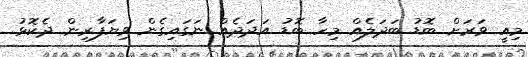
މިއީ ވަރަށް ބޮޑު ބަދަލެއް މިހާ ބޮޑު އަދަދެއް ނަގައިގެން ވިޔަފާރިން ދެކޮޅު